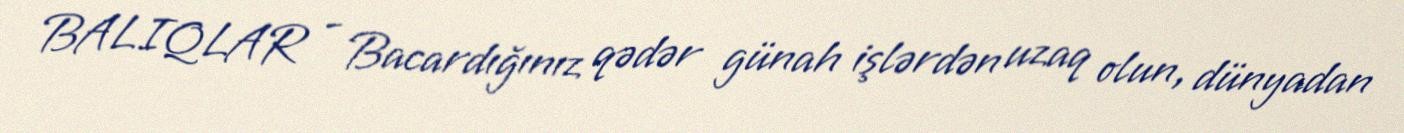
BALIQLAR - Bacardığınız qədər günah işlərdən uzaq olun, dünyadan